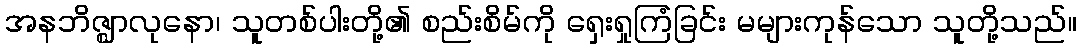
အနဘိဇ္ဈာလုနော၊ သူတစ်ပါးတို့၏ စည်းစိမ်ကို ရှေးရှုကြံခြင်း မများကုန်သော သူတို့သည်။